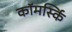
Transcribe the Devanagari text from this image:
कॉमर्स्कि